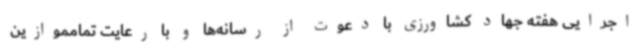
اجرایی هفته جهاد کشاورزی با دعوت از رسانه‌ها و با رعایت تمامموازین